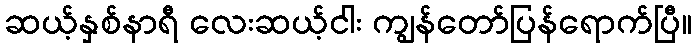
ဆယ့်နှစ်နာရီ လေးဆယ့်ငါး ကျွန်တော်ပြန်ရောက်ပြီ။